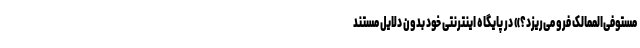
مستوفی‌الممالک فرو می‌ریزد؟» در پایگاه اینترنتی خود بدون دلایل مستند